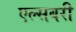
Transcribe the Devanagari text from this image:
एल्सबरी